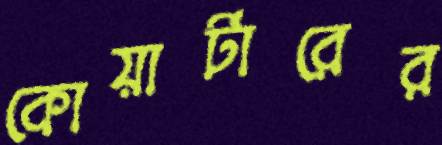
কোয়ার্টারের